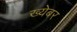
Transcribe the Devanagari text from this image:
ख्येबर